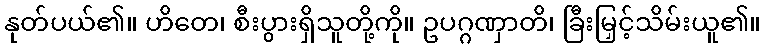
နုတ်ပယ်၏။ ဟိတေ၊ စီးပွားရှိသူတို့ကို။ ဥပဂ္ဂဏှာတိ၊ ခြီးမြှင့်သိမ်းယူ၏။